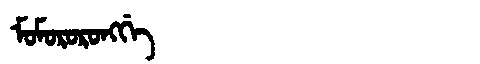
Manchu: ᠮᠣᠮᠣᡵᠣᡵᠣᠩᡤᡝ
Romanization: MOMORORONGGE